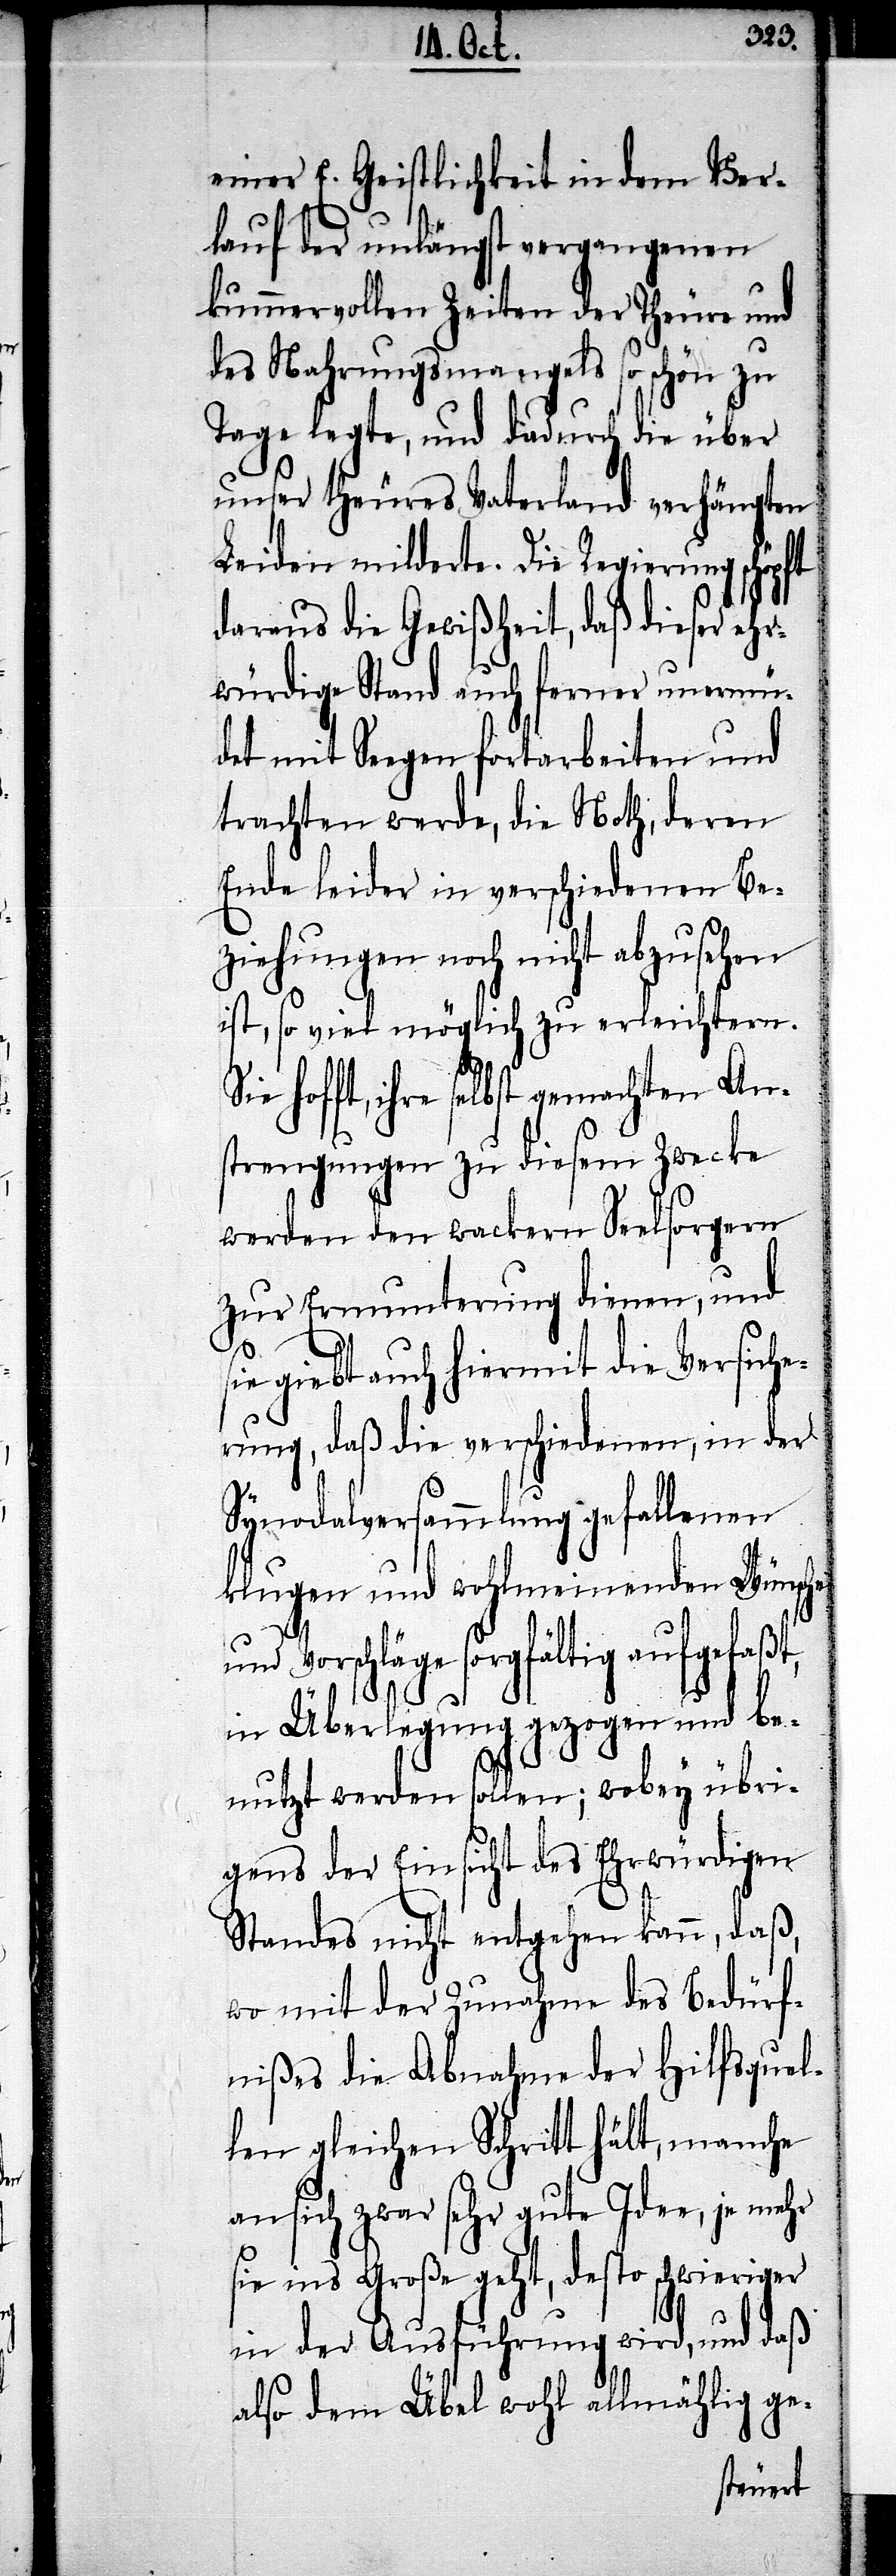
einer E. Geistlichkeit in dem Ver¬
kauf der unlängst vergangenen
kummervollen Zeiten der Theure und
des Nahrungsmangels so schön zu
Tage legte, und dadurch die über
unser theures Vaterland verhängten
Leiden milderte. Die Regierung schö¬
daraus die Gewißheit, daß dieser ehr¬
würdige Stand auch ferner unermü¬
det mit Seegen fortarbeiten und
trachten werde, die Noth, deren
Ende leider in verschiedenen Be¬
ziehungen noch nicht abzusehen
ist, so viel möglich zu erleichtern.
ihre selbst gemachten An¬
strengungen zu diesem Zwecke
werden von wackern Seelsorgern
zur Ermunterung dienen, und
ie giebt auch hiermit die Versiche¬
rung, daß die verschiedenen, in der
Synodalversammlung gefallenen
klugen und wohlmeinenden Wünsche
Vorschläge sorgfältig aufgefaßt,
in Überlegung gezogen und be¬
s¬
nutzt werden sollen; wobey übri¬
gens der Einsicht des Ehrwürdigen
Standes nicht entgehen kann, daß,
wo mit der Zunahme des Bedürf¬
nißes die Abnahme der Hilfsqual¬
len gleichen Schritt hält, manche
an sich zwar sehr gute Idee, je mehr
sie ins Große geht, desto schwieriger
in der Ausführung wird, und daß
also dem Übel wohl allmählich ge-